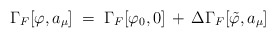
\begin{align*}\Gamma_F[\varphi, a_\mu] \;=\; \Gamma_F[\varphi_0, 0]\,+\, \Delta\Gamma_F[{\tilde\varphi}, a_\mu]\end{align*}